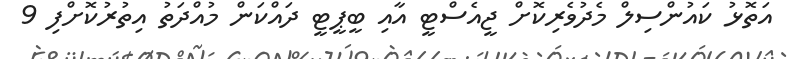
އަތޮޅު ކައުންސިލް މެދުވެރިކޮށް ޖީއެސްޓީ އާއި ބީޕީޓީ ދައްކަން މުއްދަތު އިތުރުކޮށްފި 9